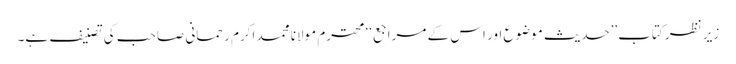
زیر نظر کتاب’’حدیث موضوع اور اس کے مراجع‘‘ محترم مولانا محمد اکرم رحمانی صاحب کی تصنیف ہے۔